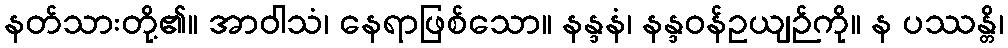
နတ်သားတို့၏။ အာဝါသံ၊ နေရာဖြစ်သော။ နန္ဒနံ၊ နန္ဒဝန်ဥယျဉ်ကို။ န ပဿန္တိ၊